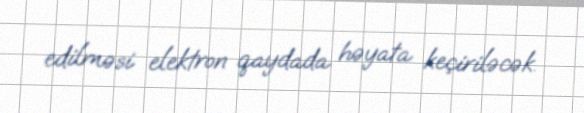
edilməsi elektron qaydada həyata keçiriləcək.